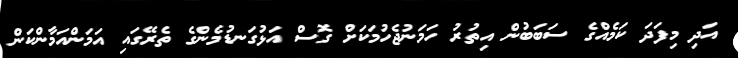
އަދި މިފަދަ ކަމެއްގެ ސަބަބުން އިތުރު ހަމަނުޖެހުމަކަށް ގޮސް އަޅުގަނޑުމެންގެ ތެރޭގައި އަމަންއަމާންކަން